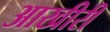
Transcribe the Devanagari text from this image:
आखीरी